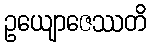
ဥယျောဇေဿတိ